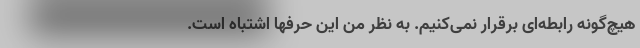
هیچ‌گونه رابطه‌ای برقرار نمی‌کنیم. به نظر من این حرفها اشتباه است.